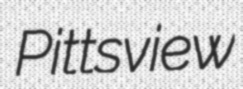
Pittsview